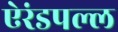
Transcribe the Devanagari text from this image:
ऐरंडपल्ल